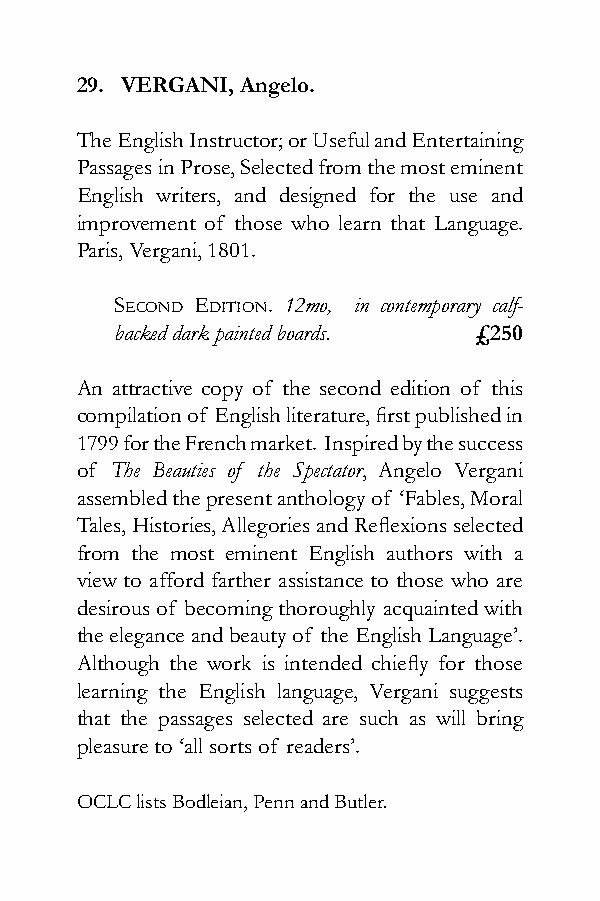
29. VERGANI, Angelo.
 The English Instructor; or Useful and Entertaining
 Passages in Prose, Selected from the most eminent
 English writers, and designed for the use and
 improvement of those who learn that Language.
 Paris, Vergani, 1801.
 sEcond Edition. 12mo, in contemporary calf-
 backed dark painted boards. £250
 An attractive copy of the second edition of this
 compilation of English literature, first published in
 1799 for the French market. Inspired by the success
 of The Beauties of the Spectator, Angelo Vergani
 assembled the present anthology of ‘Fables, Moral
 Tales, Histories, Allegories and Reflexions selected
 from the most eminent English authors with a
 view to afford farther assistance to those who are
 desirous of becoming thoroughly acquainted with
 the elegance and beauty of the English Language’.
 Although the work is intended chiefly for those
 learning the English language, Vergani suggests
 that the passages selected are such as will bring
 pleasure to ‘all sorts of readers’.
 OCLC lists Bodleian, Penn and Butler.